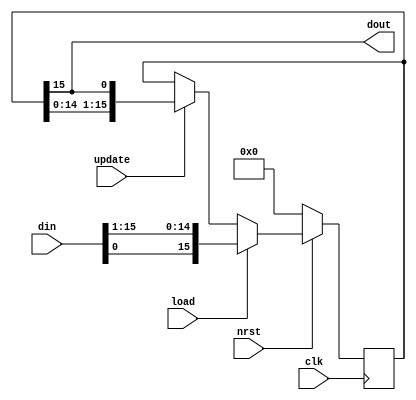
`timescale 1ns / 1ps

module shiftreg16_out(
    input clk, nrst, update, load,
	 input [15:0] din,
    output dout
);

reg [15:0] data;

	always @ (posedge clk)
	begin
		if(!nrst)
			data <= 0;
		else if(load)
			data <= {din[0],din[15:1]};
		else if(update)
			data <= {data[14:0], data[15]};
		else
			data <= data;
	end

	assign dout = data[15];

endmodule